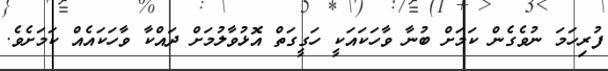
ފުރިހަމަ ނުވެގެން ކަމަށް ބުނާ ވާހަކައަކީ ހަގީގަތް އޮޅުވާލުމަށް ދައްކާ ވާހަކައެއް ކަމަށެވެ.